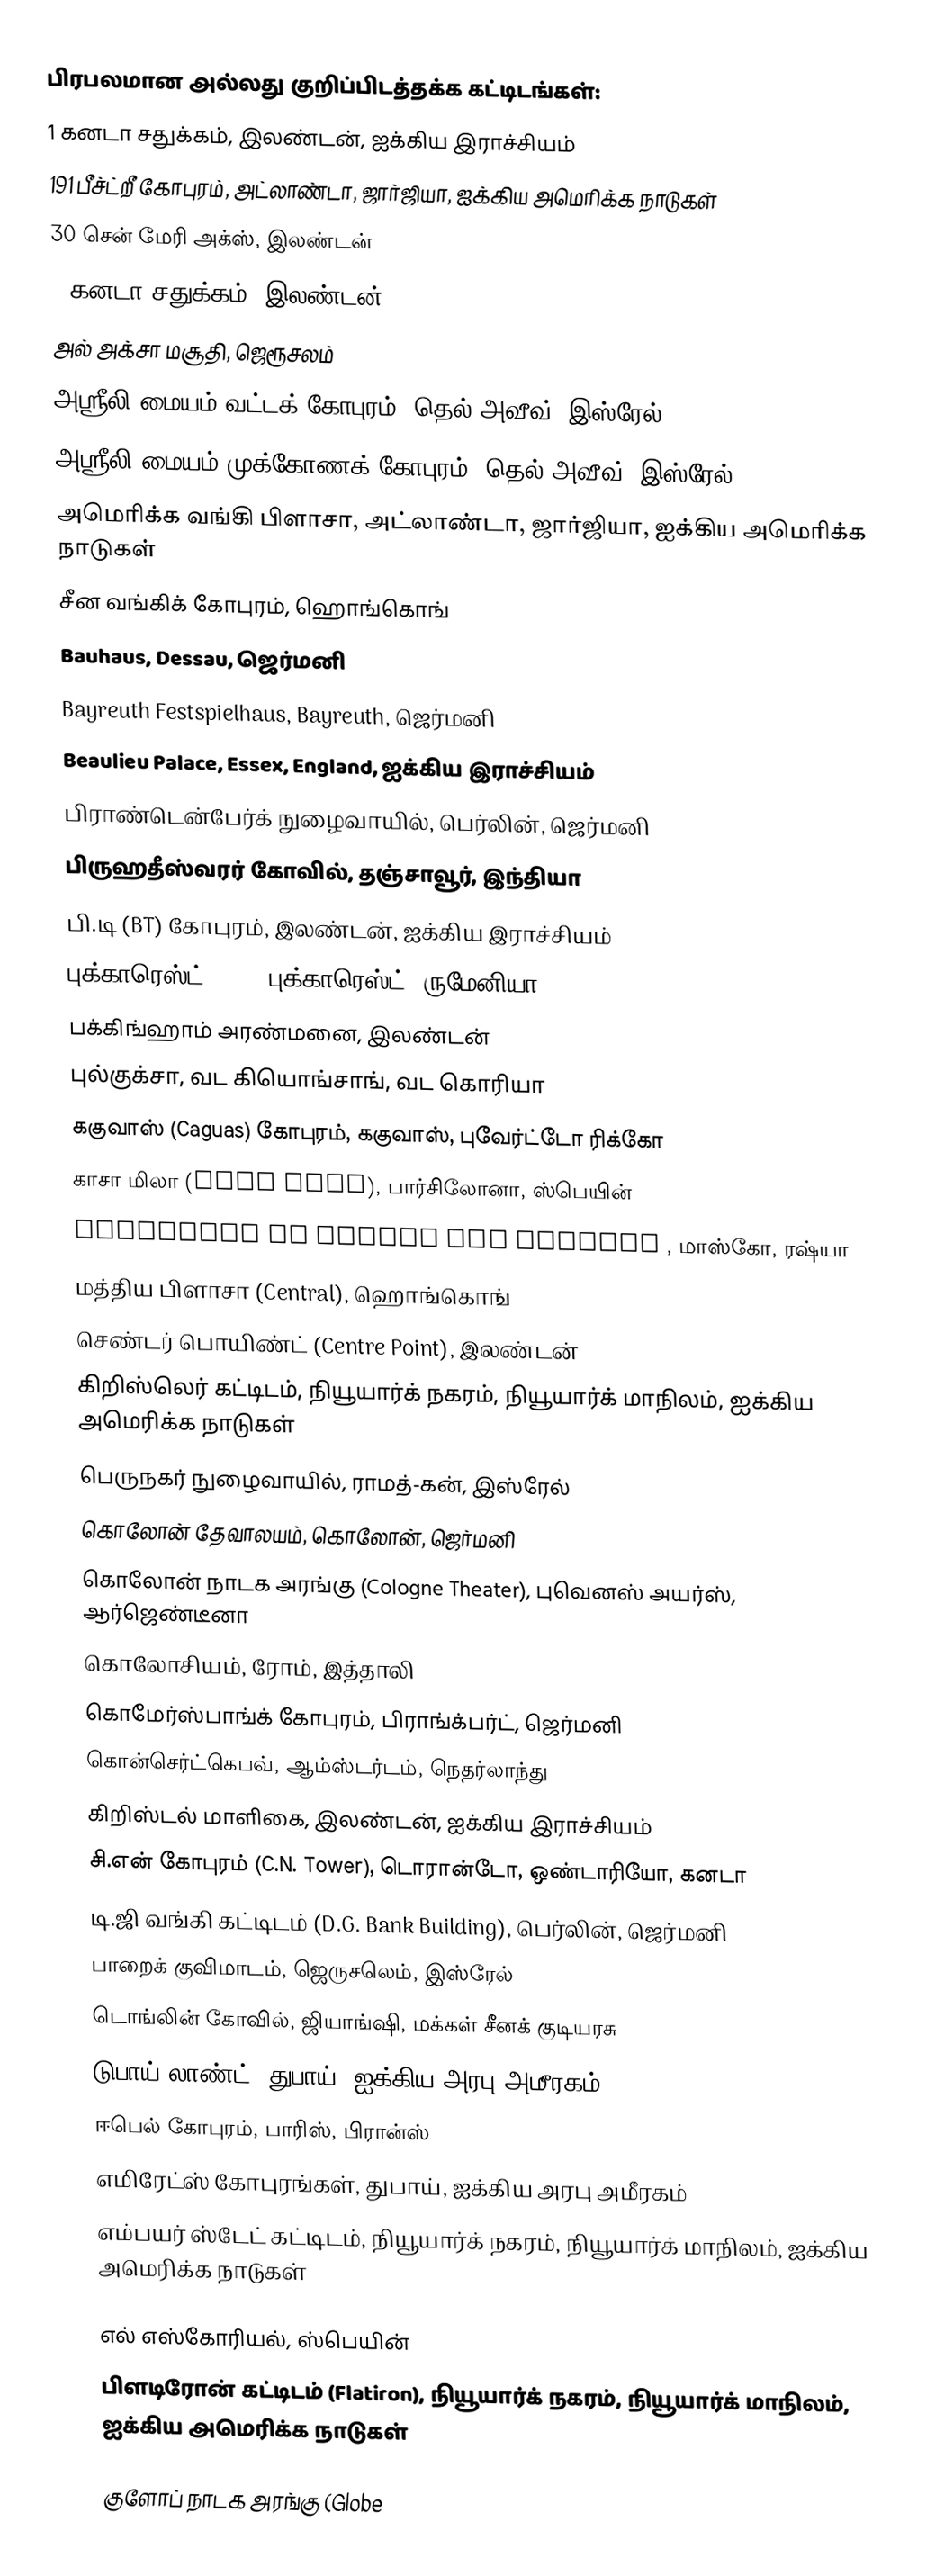
பிரபலமான அல்லது குறிப்பிடத்தக்க கட்டிடங்கள்:
 1 கனடா சதுக்கம், இலண்டன், ஐக்கிய இராச்சியம்
 191 பீச்ட்றீ கோபுரம், அட்லாண்டா, ஜார்ஜியா, ஐக்கிய அமெரிக்க நாடுகள்
 30 சென் மேரி அக்ஸ், இலண்டன்
 8 கனடா சதுக்கம், இலண்டன்
 அல் அக்சா மசூதி, ஜெரூசலம்
 அஸ்ரீலி மையம் வட்டக் கோபுரம், தெல்-அவீவ், இஸ்ரேல்
 அஸ்ரீலி மையம் முக்கோணக் கோபுரம், தெல்-அவீவ், இஸ்ரேல்
 அமெரிக்க வங்கி பிளாசா, அட்லாண்டா, ஜார்ஜியா, ஐக்கிய அமெரிக்க நாடுகள்
 சீன வங்கிக் கோபுரம், ஹொங்கொங்
 Bauhaus, Dessau, ஜெர்மனி
 Bayreuth Festspielhaus, Bayreuth, ஜெர்மனி
 Beaulieu Palace, Essex, England, ஐக்கிய இராச்சியம்
 பிராண்டென்பேர்க் நுழைவாயில், பெர்லின், ஜெர்மனி
 பிருஹதீஸ்வரர் கோவில், தஞ்சாவூர், இந்தியா
 பி.டி (BT) கோபுரம், இலண்டன், ஐக்கிய இராச்சியம்
 புக்காரெஸ்ட் Mall, புக்காரெஸ்ட், ருமேனியா
 பக்கிங்ஹாம் அரண்மனை, இலண்டன்
 புல்குக்சா, வட கியொங்சாங், வட கொரியா
 ககுவாஸ் (Caguas) கோபுரம், ககுவாஸ், புவேர்ட்டோ ரிக்கோ
 காசா மிலா (Casa Milà), பார்சிலோனா, ஸ்பெயின்
 Cathedral of Christ the Saviour , மாஸ்கோ, ரஷ்யா
 மத்திய பிளாசா (Central), ஹொங்கொங்
 செண்டர் பொயிண்ட் (Centre Point), இலண்டன்
 கிறிஸ்லெர் கட்டிடம், நியூயார்க் நகரம், நியூயார்க் மாநிலம், ஐக்கிய அமெரிக்க நாடுகள்
 பெருநகர் நுழைவாயில், ராமத்-கன், இஸ்ரேல்
 கொலோன் தேவாலயம், கொலோன், ஜெர்மனி
 கொலோன் நாடக அரங்கு (Cologne Theater), புவெனஸ் அயர்ஸ், ஆர்ஜெண்டீனா
 கொலோசியம், ரோம், இத்தாலி
 கொமேர்ஸ்பாங்க் கோபுரம், பிராங்க்பர்ட், ஜெர்மனி
 கொன்செர்ட்கெபவ், ஆம்ஸ்டர்டம், நெதர்லாந்து
 கிறிஸ்டல் மாளிகை, இலண்டன், ஐக்கிய இராச்சியம்
 சி.என் கோபுரம் (C.N. Tower), டொரான்டோ, ஒண்டாரியோ, கனடா
 டி.ஜி வங்கி கட்டிடம் (D.G. Bank Building), பெர்லின், ஜெர்மனி
 பாறைக் குவிமாடம், ஜெருசலெம், இஸ்ரேல்
 டொங்லின் கோவில், ஜியாங்ஷி, மக்கள் சீனக் குடியரசு
 டுபாய் லாண்ட், துபாய், ஐக்கிய அரபு அமீரகம்
 ஈபெல் கோபுரம், பாரிஸ், பிரான்ஸ்
 எமிரேட்ஸ் கோபுரங்கள், துபாய், ஐக்கிய அரபு அமீரகம்
 எம்பயர் ஸ்டேட் கட்டிடம், நியூயார்க் நகரம், நியூயார்க் மாநிலம், ஐக்கிய அமெரிக்க நாடுகள்

 எல் எஸ்கோரியல், ஸ்பெயின்
 பிளடிரோன் கட்டிடம் (Flatiron), நியூயார்க் நகரம், நியூயார்க் மாநிலம், ஐக்கிய அமெரிக்க நாடுகள்

 குளோப் நாடக அரங்கு (Globe